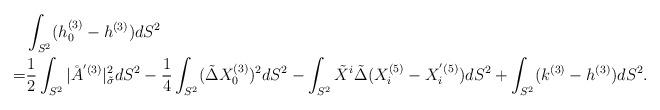
LaTeX: \begin{align*} &\int_{S^2} (h_0^{(3)} - h^{(3)}) dS^2 \\= & \frac{1}{2}\int_{S^2} |\AA^{'(3)}|^2_{\tilde{\sigma}} dS^2-\frac{1}{4}\int_{S^2} (\tilde{\Delta}X_0^{(3)})^2 dS^2-\int_{S^2} \tilde X^i \tilde{\Delta}(X_i^{(5)}-X_i^{'(5)}) dS^2+\int_{S^2} (k^{(3)} - h^{(3)}) dS^2.\end{align*}